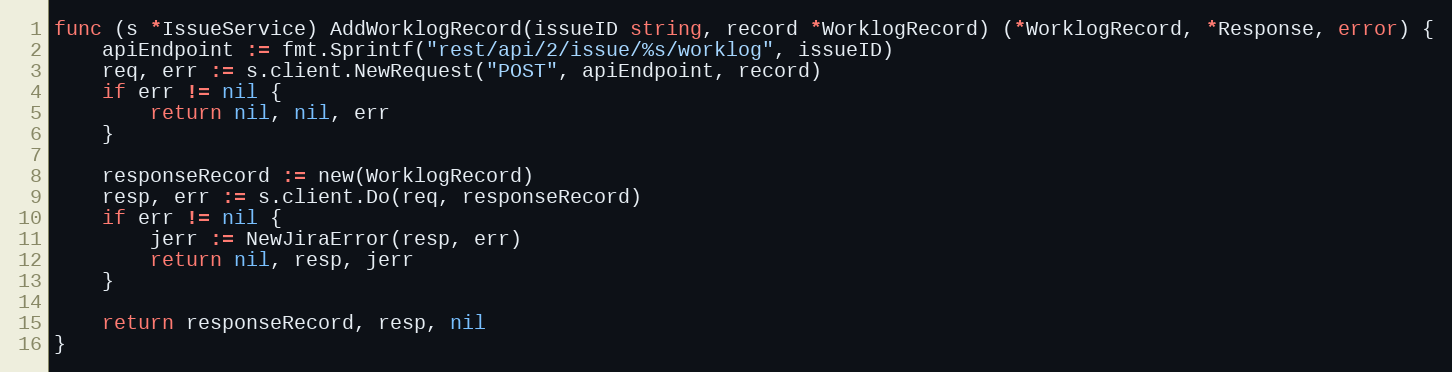
Language: Go
func (s *IssueService) AddWorklogRecord(issueID string, record *WorklogRecord) (*WorklogRecord, *Response, error) {
	apiEndpoint := fmt.Sprintf("rest/api/2/issue/%s/worklog", issueID)
	req, err := s.client.NewRequest("POST", apiEndpoint, record)
	if err != nil {
		return nil, nil, err
	}

	responseRecord := new(WorklogRecord)
	resp, err := s.client.Do(req, responseRecord)
	if err != nil {
		jerr := NewJiraError(resp, err)
		return nil, resp, jerr
	}

	return responseRecord, resp, nil
}